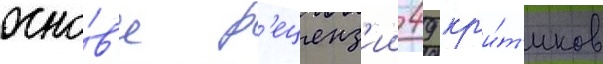
осно́в'е р'еценз'ии 49 кр'и́т'иков